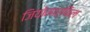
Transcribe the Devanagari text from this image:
जियोमार्फिल